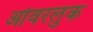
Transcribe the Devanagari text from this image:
ओवरलुक